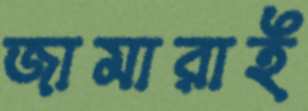
জামারাই